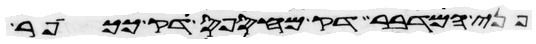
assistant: פני המדבר דק מחספס דק ככופר